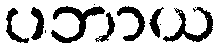
ပဘာယ